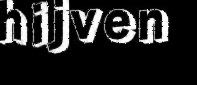
hijven